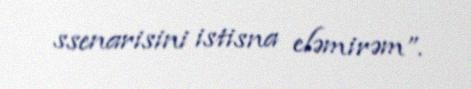
ssenarisini istisna eləmirəm”.